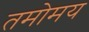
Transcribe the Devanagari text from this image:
तमोमय